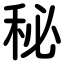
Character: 秘